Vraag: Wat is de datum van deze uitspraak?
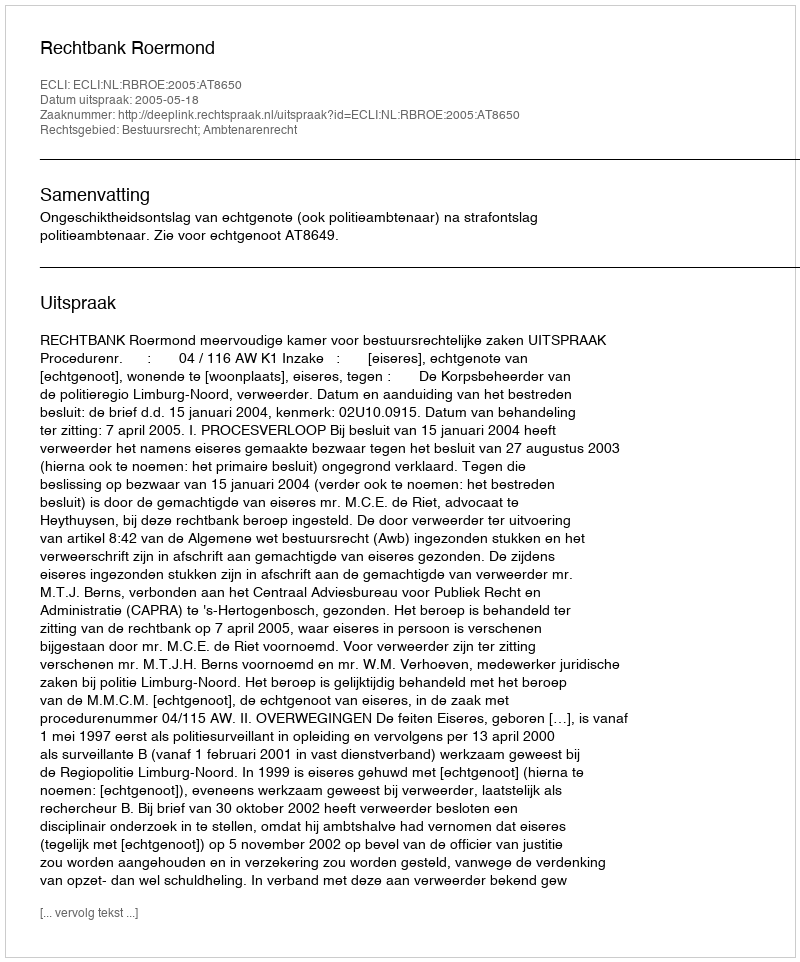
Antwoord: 2005-05-18